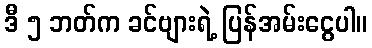
ဒီ ၅ ဘတ်က ခင်ဗျားရဲ့ ပြန်အမ်းငွေပါ။